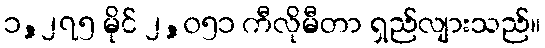
၁,၂၇၅ မိုင် ၂,၀၅၁ ကီလိုမီတာ ရှည်လျားသည်။